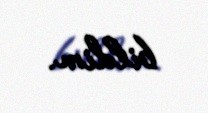
bildim.